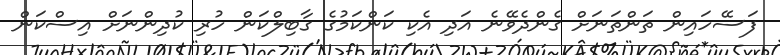
ފަސޭހައިން ތަންތަނަށް ގެންދެވޭނެ އަދި އެކި ކަންކަމުގެ ގާބިލްކަން ހުރި ކުދިންނަށް އިސްކަން